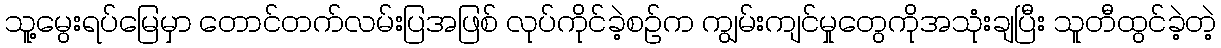
သူ့မွေးရပ်မြေမှာ တောင်တက်လမ်းပြအဖြစ် လုပ်ကိုင်ခဲ့စဉ်က ကျွမ်းကျင်မှုတွေကိုအသုံးချပြီး သူတီထွင်ခဲ့တဲ့